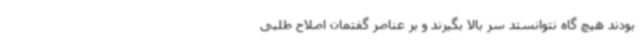
بودند هیچ گاه نتوانستد سر بالا بگیرند و بر عناصر گفتمان اصلاح طلبی